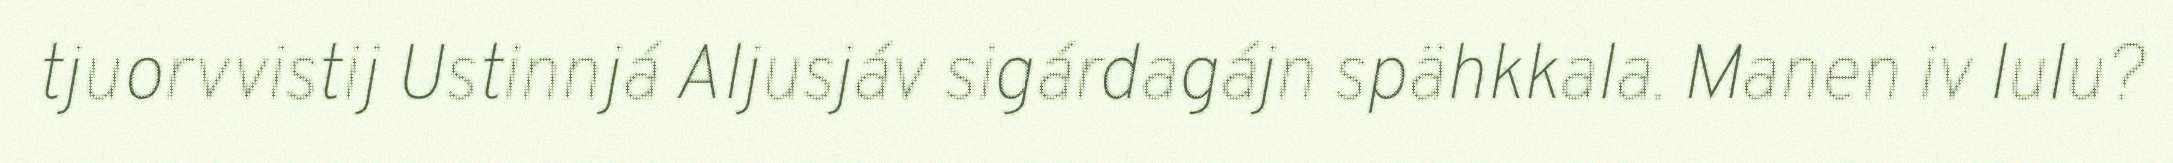
tjuorvvistij Ustinnjá Aljusjáv sigárdagájn spähkkala. Manen iv lulu?